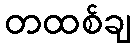
တထစ်ချ